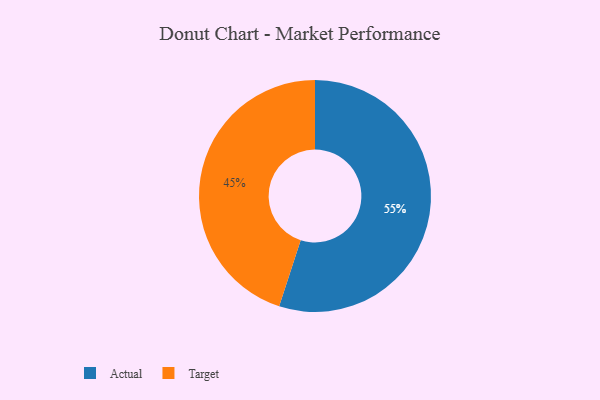
{"axis": {"x": "Category", "y": "Percentage"}, "legend": ["Actual", "Target"], "data": [{"x": "Target", "y": 45, "type": "Target"}, {"x": "Actual", "y": 55, "type": "Actual"}]}